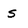
Character: s